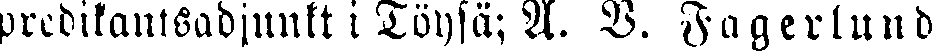
predikantsadjunkt i Töysä; A. V. Fagerlund